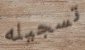
تسجيله